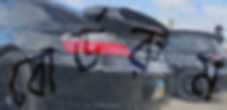
বোর্ডরুম